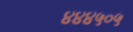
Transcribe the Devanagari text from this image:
४४४५०५